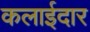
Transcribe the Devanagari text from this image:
कलाईदार